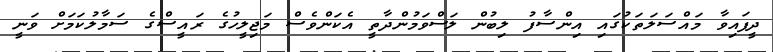
ދީފައިވާ މައްސަލަތަކުގައި އިންސާފު ލިބުން ލަސްވަމުންދާތީ އެކަންވެސް މަޖިލީހުގެ ރައީސްގެ ސަމާލުކަމަށް ވަނީ